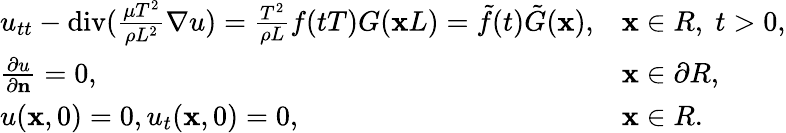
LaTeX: \begin{array}{r}{\begin{array}{ll}{u_{tt}-\mathrm{div}({\frac{\mu T^{2}}{\rho L^{2}}}\nabla u)={\frac{T^{2}}{\rho L}}f(tT)G(\mathbf xL)=\tilde{f}(t)\tilde{G}(\mathbf x),}&{\mathbf x\in R,\; t>0,}\\ {{\frac{\partial u}{\partial\mathbf n}}=0,}&{\mathbf x\in\partial R,}\\ {u(\mathbf x,0)=0,u_{t}(\mathbf x,0)=0,}&{\mathbf x\in R.}\end{array}}\end{array}